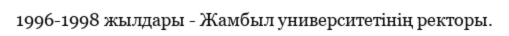
1996-1998 жылдары - Жамбыл университетінің ректоры.